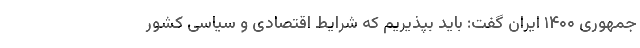
جمهوری ۱۴۰۰ ایران گفت: باید بپذیریم که شرایط اقتصادی و سیاسی کشور